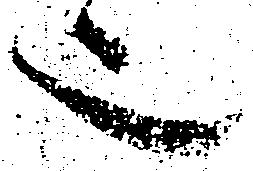
也